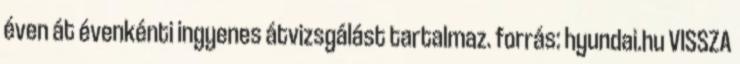
éven át évenkénti ingyenes átvizsgálást tartalmaz. forrás: hyundai.hu VISSZA